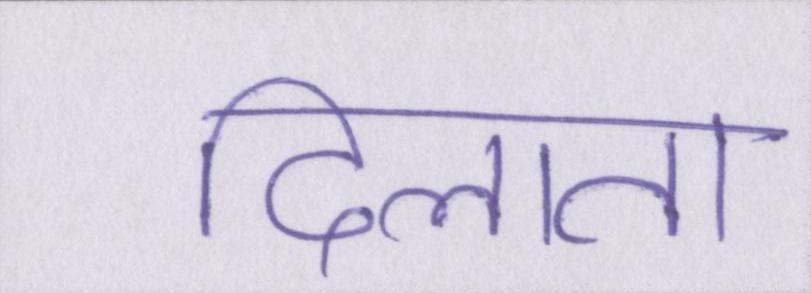
दिलाता